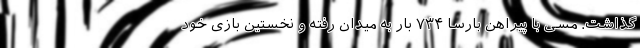
گذاشت. مسی با پیراهن بارسا ۷۳۴ بار به میدان رفته و نخستین بازی خود